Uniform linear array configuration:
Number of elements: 32
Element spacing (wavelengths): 0.5
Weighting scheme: uniform
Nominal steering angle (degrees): -30
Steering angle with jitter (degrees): -29.437
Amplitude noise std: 0.05
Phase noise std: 0.05

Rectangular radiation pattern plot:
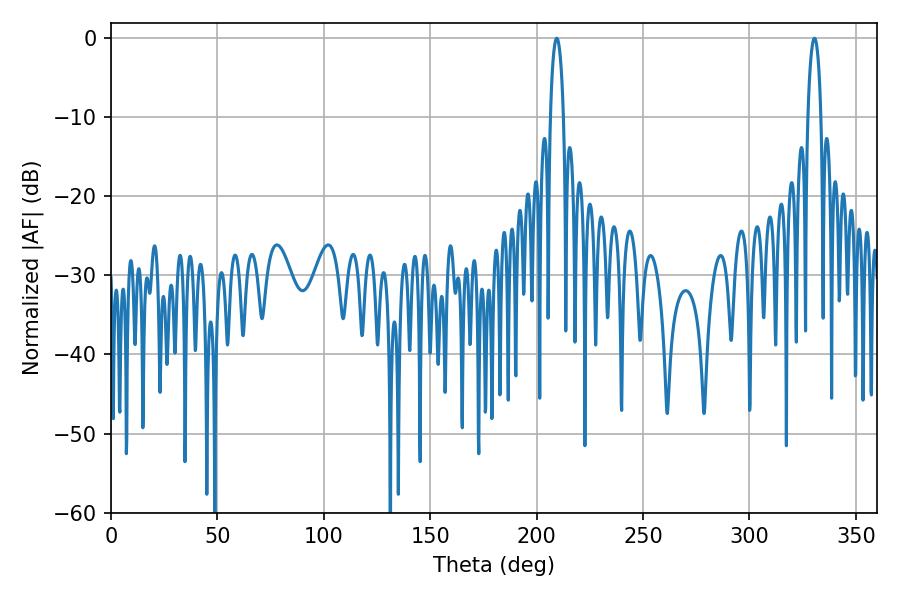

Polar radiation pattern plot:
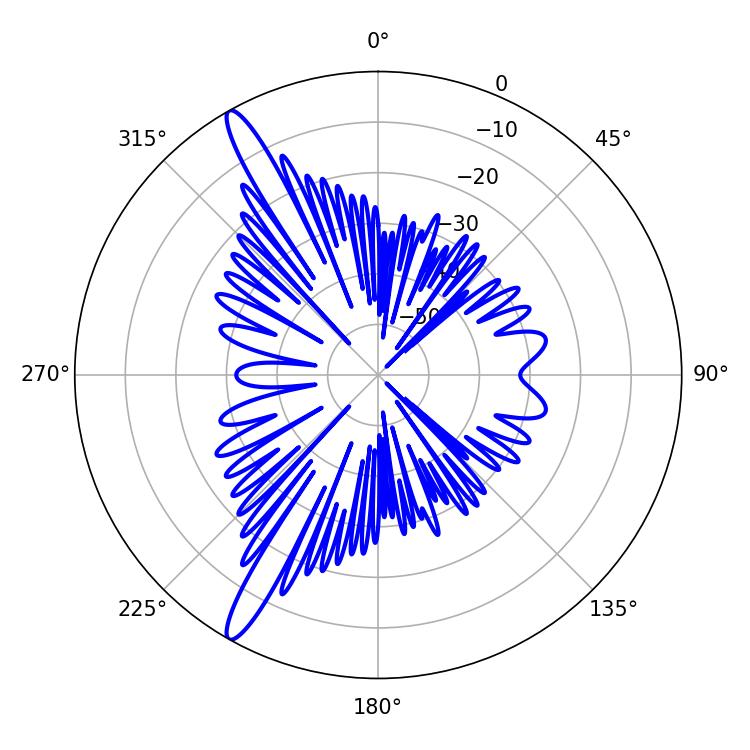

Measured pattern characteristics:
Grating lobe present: FALSE
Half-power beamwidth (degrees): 3.42
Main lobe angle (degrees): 209.52